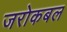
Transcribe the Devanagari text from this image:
जरोकबल